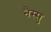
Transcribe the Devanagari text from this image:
नैस्सु